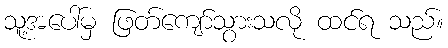
သူ့အပေါ်မှ ဖြတ်ကျော်သွားသလို ထင်ရ သည်။